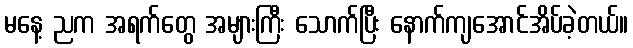
မနေ့ ညက အရက်တွေ အများကြီး သောက်ပြီး နောက်ကျအောင်အိပ်ခဲ့တယ်။